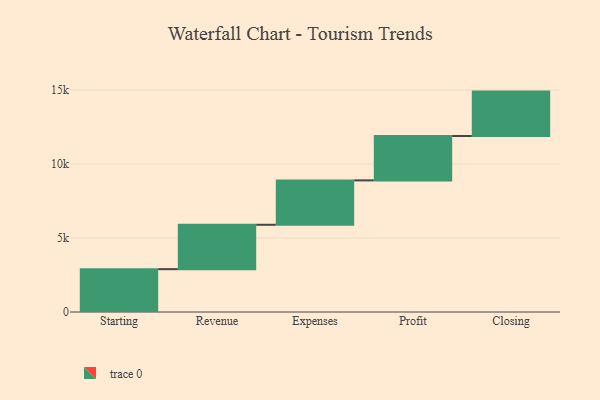
{"axis": {"x": "Step", "y": "Value"}, "legend": [""], "data": [{"x": "Starting", "y": 2895.0, "type": ""}, {"x": "Revenue", "y": 3000, "type": ""}, {"x": "Expenses", "y": 3000, "type": ""}, {"x": "Profit", "y": 3000, "type": ""}, {"x": "Closing", "y": 3000, "type": ""}]}